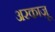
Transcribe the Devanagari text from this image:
अरकाज़ू